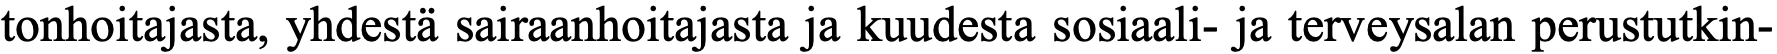
tonhoitajasta, yhdestä sairaanhoitajasta ja kuudesta sosiaali- ja terveysalan perustutkin-